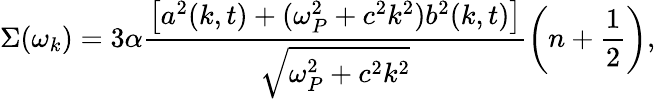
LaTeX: \Sigma(\omega_{k})={3}\alpha\frac{\left[a^{2}(k,t)+(\omega_{P}^{2}+c^{2}k^{2})b^{2}(k,t)\right]}{\sqrt{\omega_{P}^{2}+c^{2}k^{2}}}\left(n+\frac{1}{2}\right),